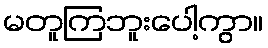
မတူကြဘူးပေါ့ကွာ။